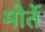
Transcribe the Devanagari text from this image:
मोर्ते